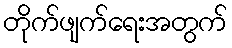
တိုက်ဖျက်ရေးအတွက်